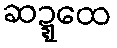
ဆဍ္ဍေထ